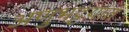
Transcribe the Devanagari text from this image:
अणुभट्टय़ांत